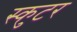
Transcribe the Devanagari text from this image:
स्कुटर